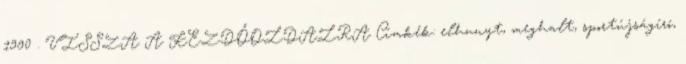
1990 . VISSZA A KEZDŐOLDALRA Címkék: elhunyt, meghalt, sportújságíró,